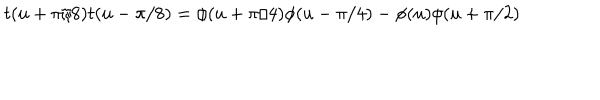
t ( u + \pi / 8 ) t ( u - \pi / 8 ) = \phi ( u + \pi / 4 ) \phi ( u - \pi / 4 ) - \phi ( u ) \phi ( u + \pi / 2 )